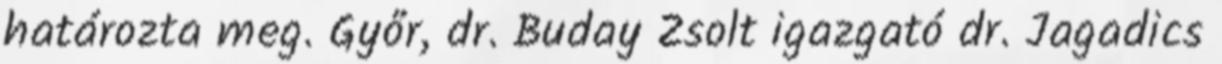
határozta meg. Győr, dr. Buday Zsolt igazgató dr. Jagadics